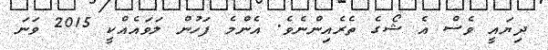
ދިޔައީ ވެސް އެ ޝޯގެ ތެރެއިންނެވެ. އެންމެ ފަހުން ލަވައެއްކީ 2015 ވަނަ